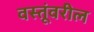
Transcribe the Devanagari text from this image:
वस्तूंवरील